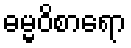
ဓမ္မဝိစာရော